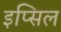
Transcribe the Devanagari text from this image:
इप्सिल